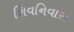
શિવનિવાસ